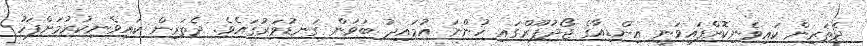
ދެތަރިން ކައިވެނިކޮށްފައިވަނީ އިންޑިއާގެ ޖޯދުޕޫރްގައި ހުންނަ އުމައިދު ބަވަން ގަނޑުވަރުގައެވެ. ދެތަރިން ކައިވެނިކުރުމަށްފަހު